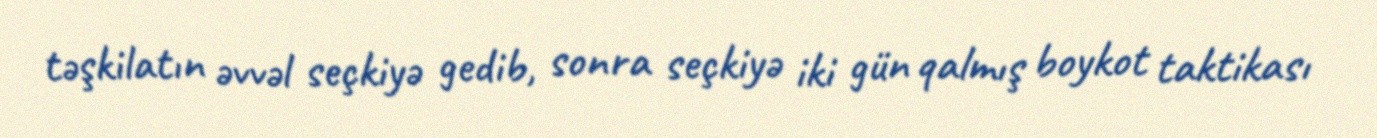
təşkilatın əvvəl seçkiyə gedib, sonra seçkiyə iki gün qalmış boykot taktikası